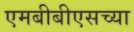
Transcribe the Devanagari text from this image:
एमबीबीएसच्या